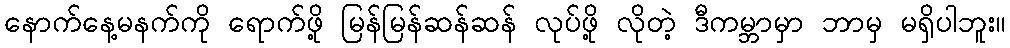
နောက်နေ့မနက်ကို ရောက်ဖို့ မြန်မြန်ဆန်ဆန် လုပ်ဖို့ လိုတဲ့ ဒီကမ္ဘာမှာ ဘာမှ မရှိပါဘူး။